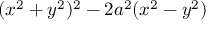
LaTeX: ( x ^ { 2 } + y ^ { 2 } ) ^ { 2 } - 2 a ^ { 2 } ( x ^ { 2 } - y ^ { 2 } )